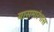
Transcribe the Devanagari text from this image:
यासमारंभास